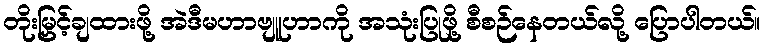
တိုးမြှင့်ချထားဖို့ အဲဒီမဟာဗျူဟာကို အသုံးပြုဖို့ စီစဉ်နေတယ်လို့ ပြောပါတယ်။